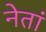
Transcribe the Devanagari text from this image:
नेतां